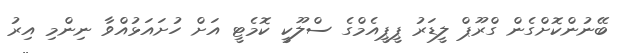
ބޭނުންކޮށްގެން ގްރޫޕް ލީޑަރު ޕީޕީއެމްގެ ސްލޫކީ ކޮމެޓީ އަށް ހުށައަޅުއްވާ ނިންމި އިރު